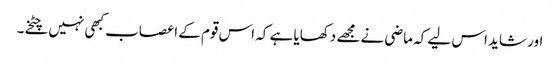
اور شاید اس لیے کہ ماضی نے مجھے دکھایا ہے کہ اس قوم کے اعصاب کبھی نہیں چٹخے۔